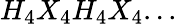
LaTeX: H_{4}X_{4}H_{4}X_{4}...